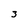
Character: 3